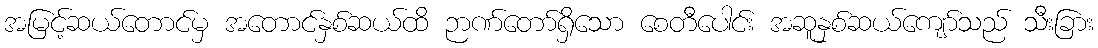
အမြင့်ဆယ်တောင်မှ အတောင်နှစ်ဆယ်ထိ ဉာဏ်တော်ရှိသော စေတီပေါင်း အဆူနှစ်ဆယ်ကျော်သည် သီးခြား